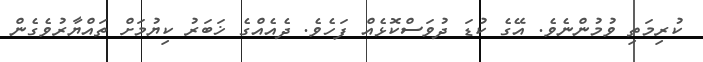
ކުރިމަތި ވުމުންނެވެ. އޭގެ ކުޑަ ދުވަސްކޮޅެއް ފަހެވެ. ދެއެއްގެ ޚަބަރު ކިޔުމަށް ތައްޔާރުވެގެން